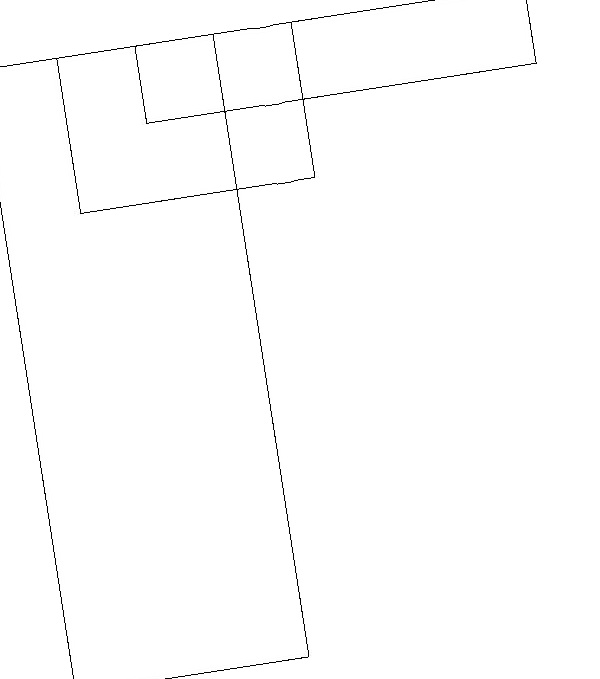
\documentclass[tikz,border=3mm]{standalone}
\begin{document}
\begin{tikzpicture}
\draw (2,10) rectangle (5,18);
\draw (9,17) rectangle (4,18);
\draw (3,18) rectangle (6,16);
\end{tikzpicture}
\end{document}